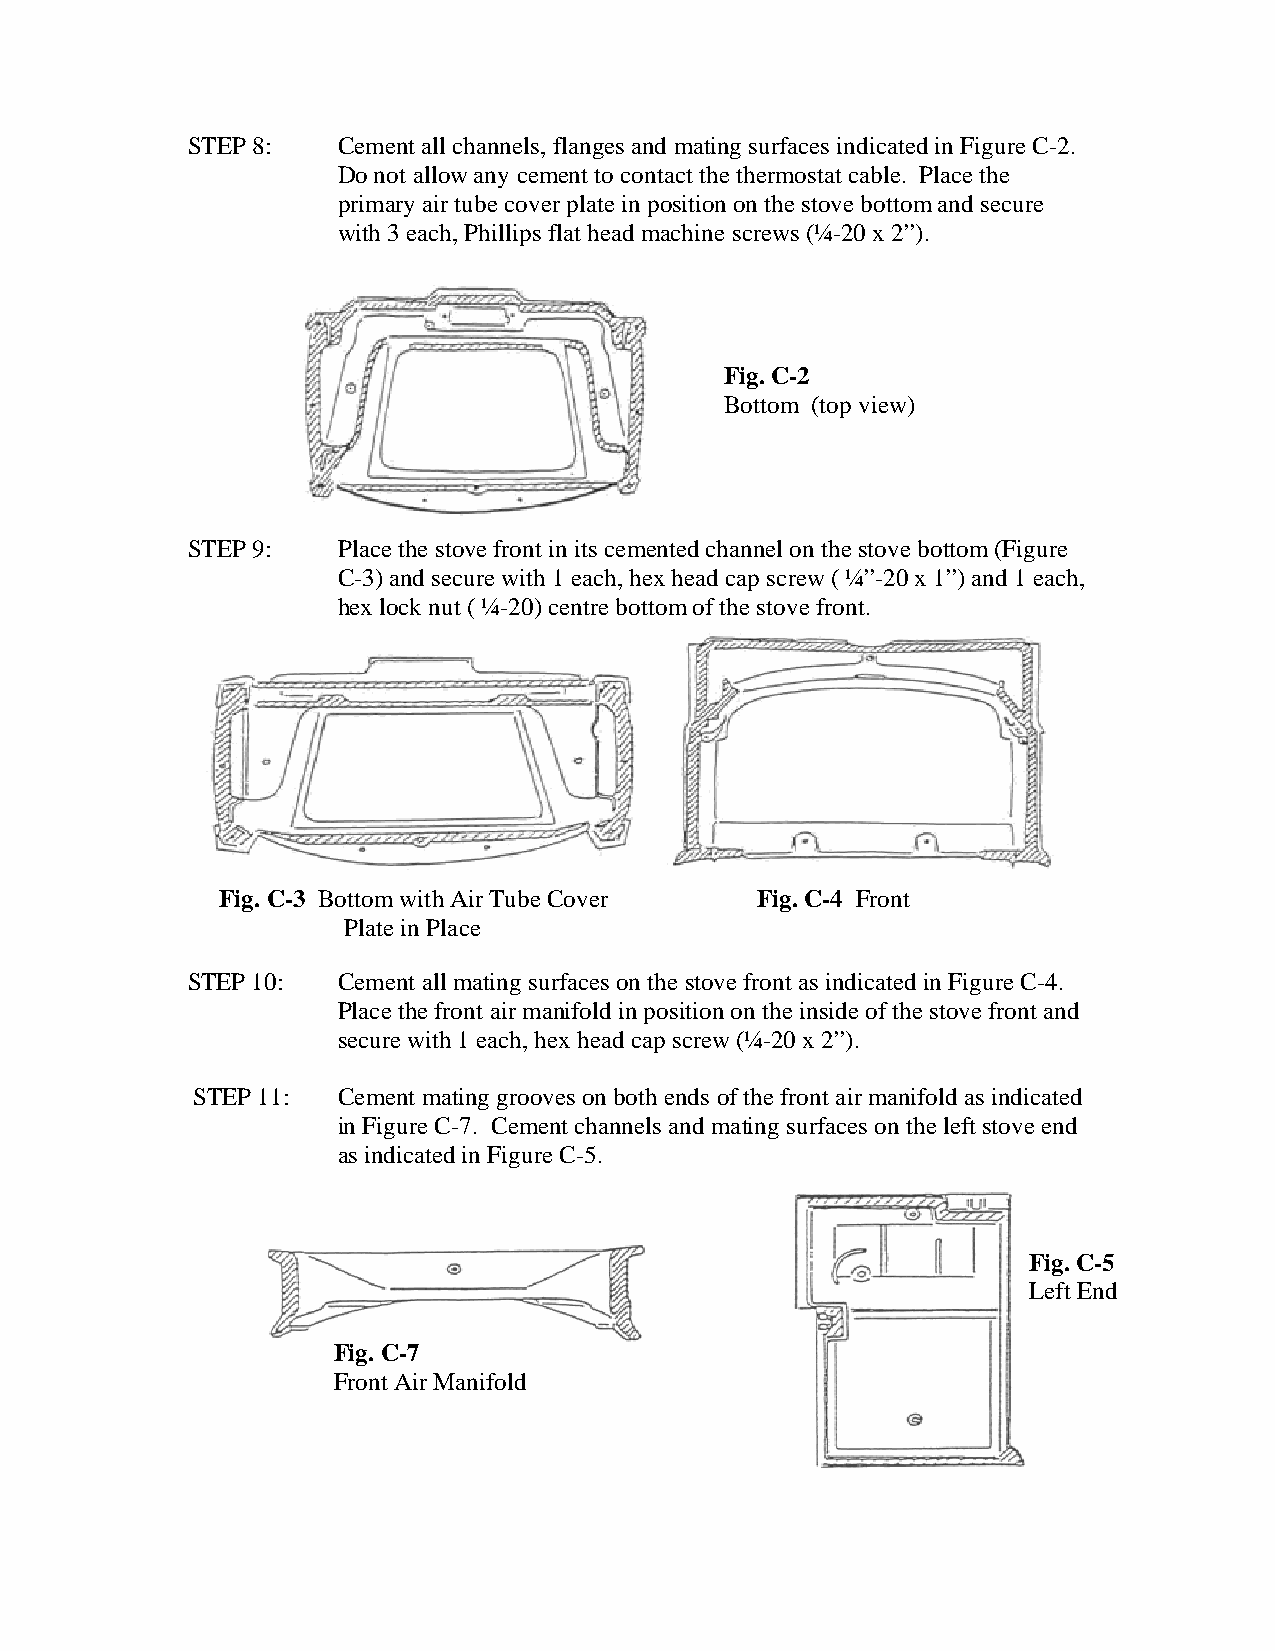
STEP 8:   Cement all channels, flanges and mating surfaces indicated in Figure C-2.
 Do not allow any cement to contact the thermostat cable. Place the
 primary air tube cover plate in position on the stove bottom and secure
 with 3 each, Phillips flat head machine screws (¼-20 x 2”).
 Fig. C-2
 Bottom (top view)
 STEP 9:   Place the stove front in its cemented channel on the stove bottom (Figure
 C-3) and secure with 1 each, hex head cap screw ( ¼”-20 x 1”) and 1 each,
 hex lock nut ( ¼-20) centre bottom of the stove front.
 Fig. C-3 Bottom with Air Tube Cover Fig. C-4 Front
 Plate in Place
 STEP 10:  Cement all mating surfaces on the stove front as indicated in Figure C-4.
 Place the front air manifold in position on the inside of the stove front and
 secure with 1 each, hex head cap screw (¼-20 x 2”).
 STEP 11: Cement mating grooves on both ends of the front air manifold as indicated
 in Figure C-7. Cement channels and mating surfaces on the left stove end
 as indicated in Figure C-5.
 Fig. C-5
 Left End
 Fig. C-7
 Front Air Manifold